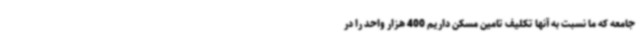
جامعه که ما نسبت به آنها تکلیف تامین مسکن داریم 400 هزار واحد را در